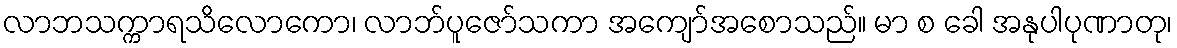
လာဘသက္ကာရသိလောကော၊ လာဘ်ပူဇော်သကာ အကျော်အစောသည်။ မာ စ ခေါ အနုပါပုဏာတု၊